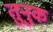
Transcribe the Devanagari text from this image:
तुनुक